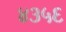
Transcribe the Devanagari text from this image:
४३५६